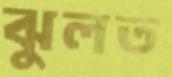
ঝুলত